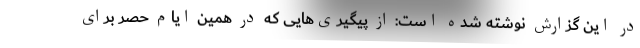
در این گزارش نوشته شده است: از پیگیری‌هایی که در همین ایام حصر برای